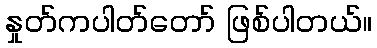
နှုတ်ကပါတ်တော် ဖြစ်ပါတယ်။